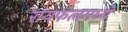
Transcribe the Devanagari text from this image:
रायफलमध्ये